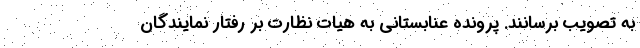
به تصویب برسانند. پرونده عنابستانی به هیات نظارت بر رفتار نمایندگان